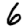
Digit: 6